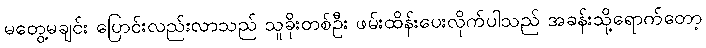
မတွေ့မချင်း ပြောင်းလည်းလာသည် သူခိုးတစ်ဦး ဖမ်းထိန်းပေးလိုက်ပါသည် အခန်းသို့ရောက်တော့